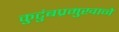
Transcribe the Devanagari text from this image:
कुटुंबप्रमुखाने